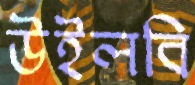
উইলবি